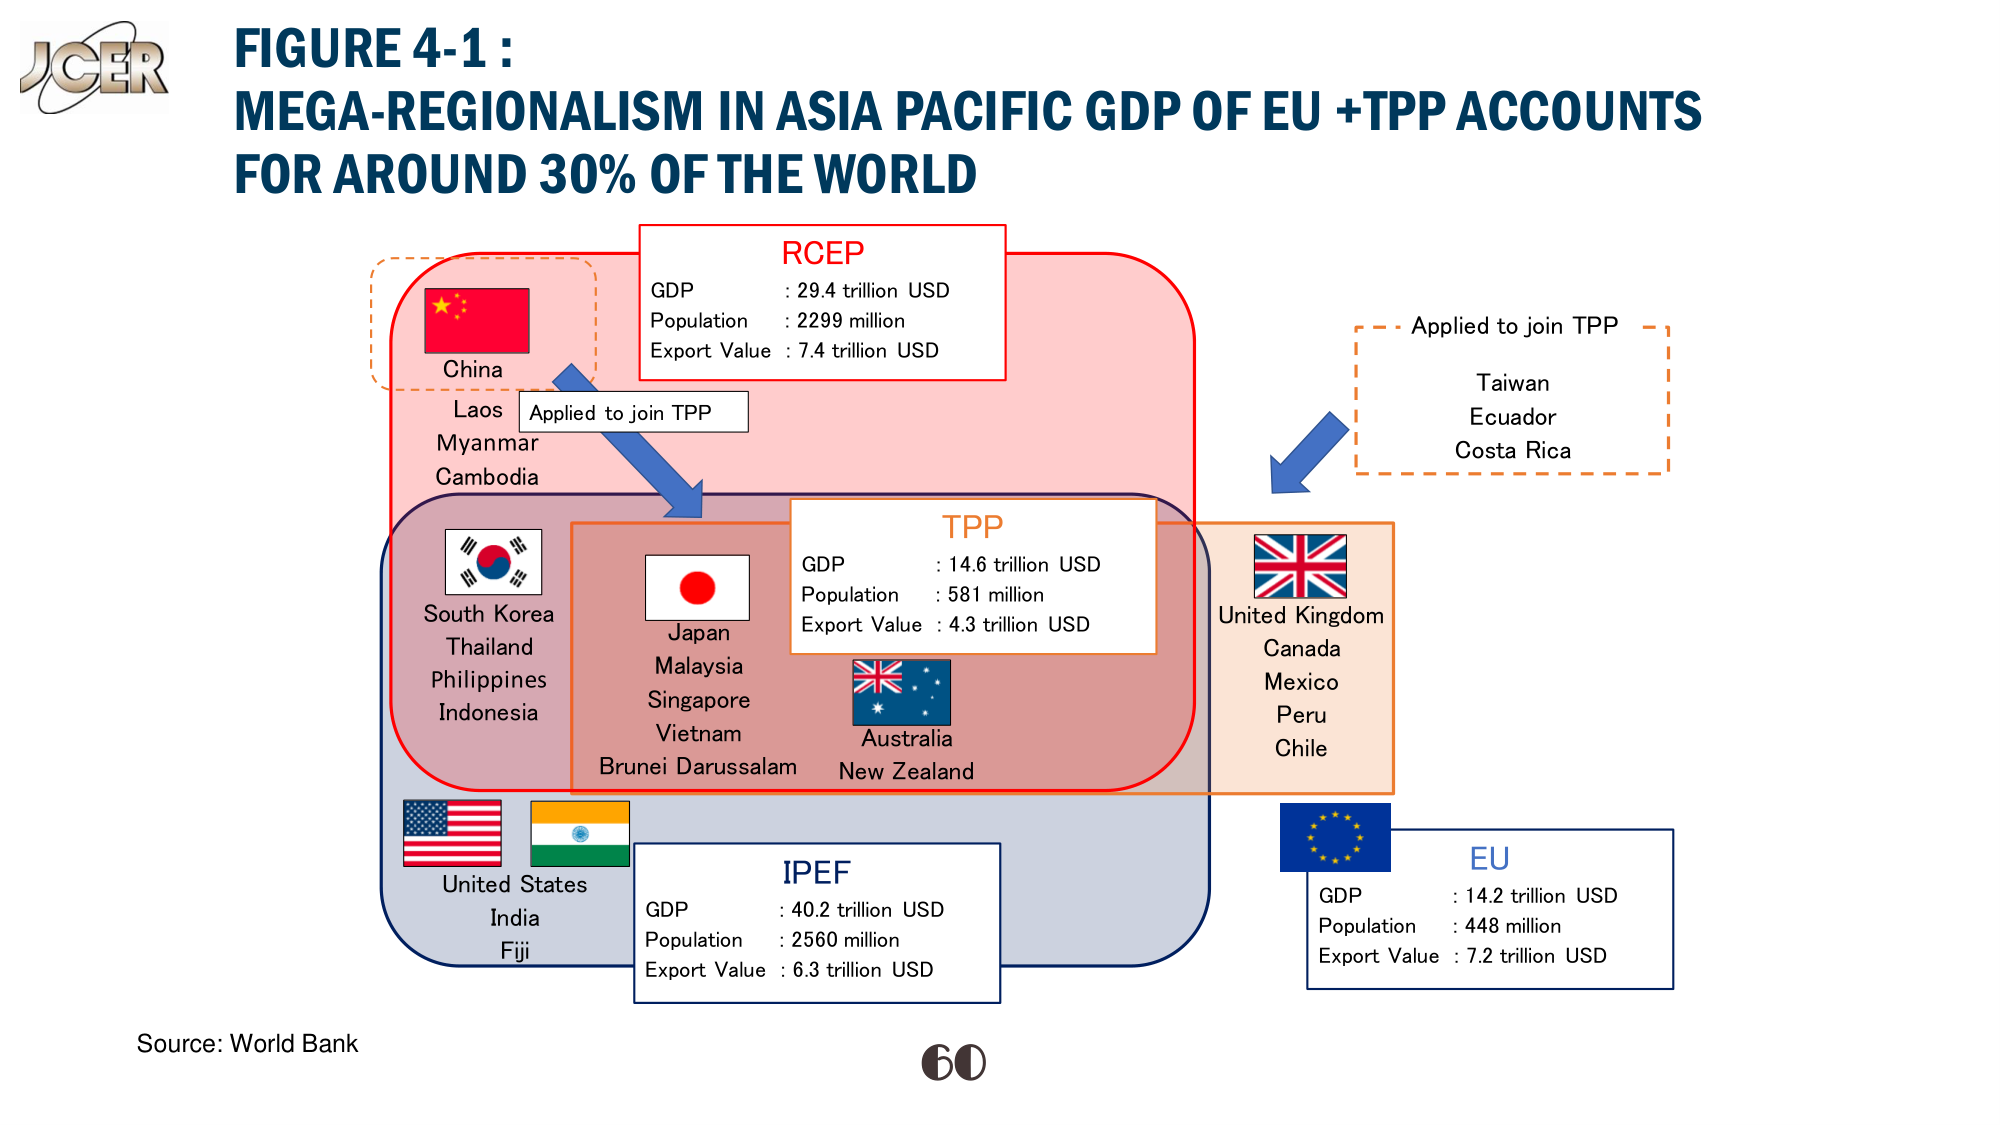
FIGURE 4-1 :
MEGA-REGIONALISM IN ASIA PACIFIC GDP OF EU +TPP ACCOUNTS
FOR AROUND 30% OF THE WORLD

RCEP
GDP : 29.4 trillion USD
Population : 2299 million
Export Value : 7.4 trillion USD

China
Laos
Myanmar
Cambodia

Applied to join TPP

South Korea
Thailand
Philippines
Indonesia

Japan
Malaysia
Singapore
Vietnam
Brunei Darussalam

TPP
GDP : 14.6 trillion USD
Population : 581 million
Export Value : 4.3 trillion USD

Australia
New Zealand

United Kingdom
Canada
Mexico
Peru
Chile

Applied to join TPP
Taiwan
Ecuador
Costa Rica

United States
India
Fiji

IPEF
GDP : 40.2 trillion USD
Population : 2560 million
Export Value : 6.3 trillion USD

EU
GDP : 14.2 trillion USD
Population : 448 million
Export Value : 7.2 trillion USD

Source: World Bank
60